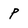
Character: p